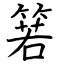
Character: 箬